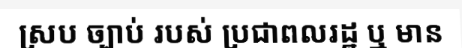
ស្រប ច្បាប់ របស់ ប្រជាពលរដ្ឋ ឬ មាន